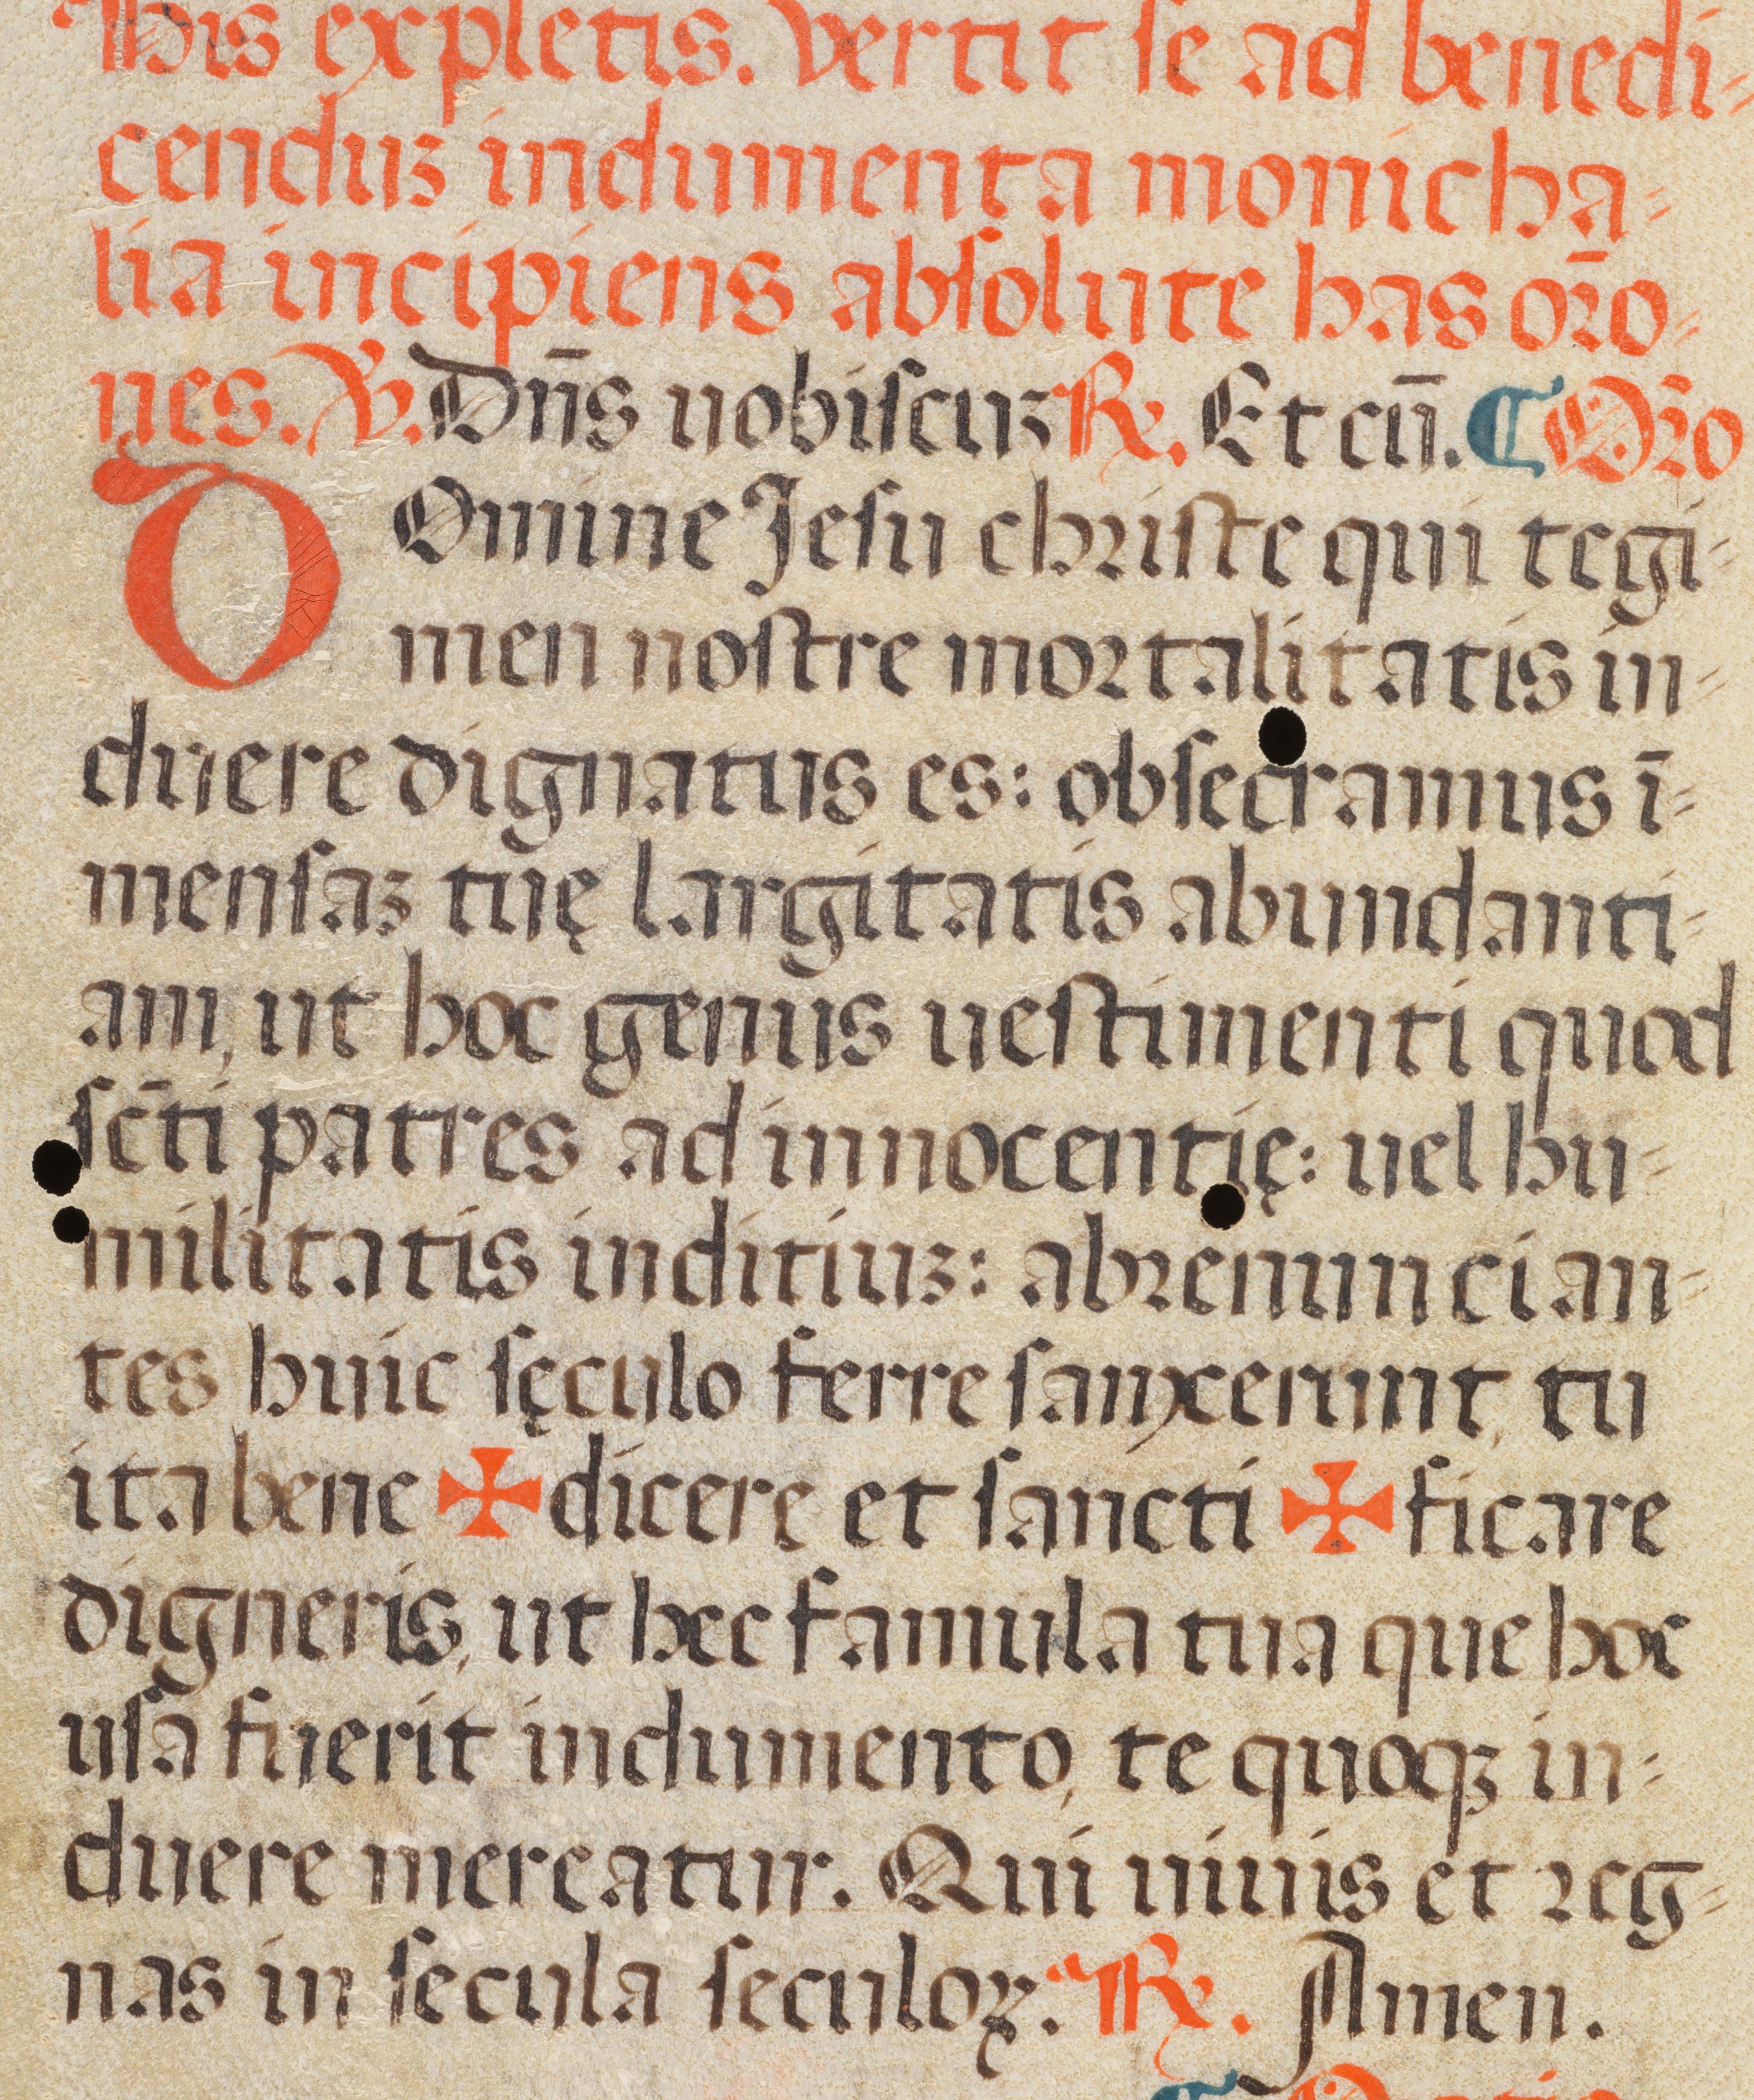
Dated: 1400–1499